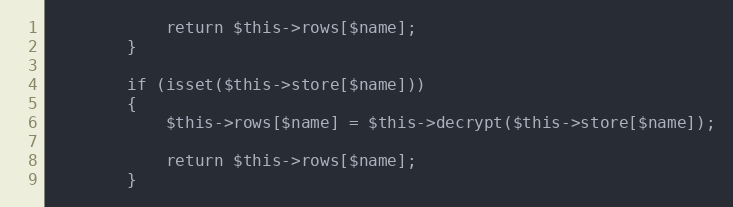
Language: PHP
            return $this->rows[$name];
        }

        if (isset($this->store[$name]))
        {
            $this->rows[$name] = $this->decrypt($this->store[$name]);

            return $this->rows[$name];
        }